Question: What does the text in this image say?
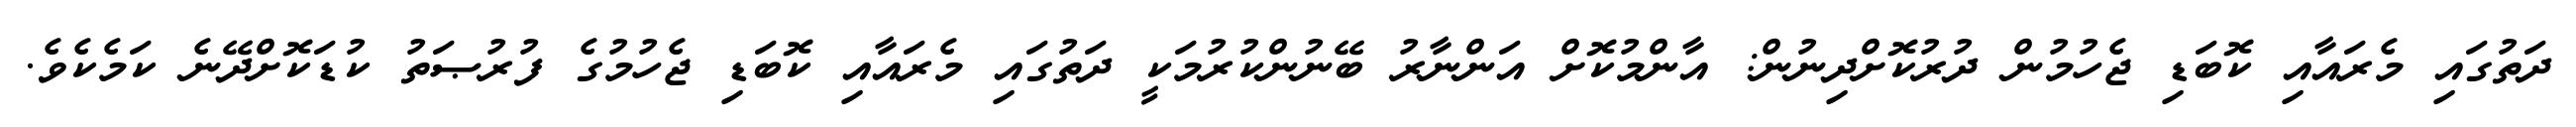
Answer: ދަތުގައި މެރައާއި ކޮބަޑި ޖެހުމުން ދުރުކޮށްދިނުން: އާންމުކޮށް އަންނާރު ބޭނުންކުރުމަކީ ދަތުގައި މެރައާއި ކޮބަޑި ޖެހުމުގެ ފުރުޞަތު ކުޑަކޮށްދޭނެ ކަމެކެވެ.